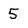
Character: 5